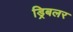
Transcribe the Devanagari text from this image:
ड्रिबलर